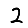
Digit: 2